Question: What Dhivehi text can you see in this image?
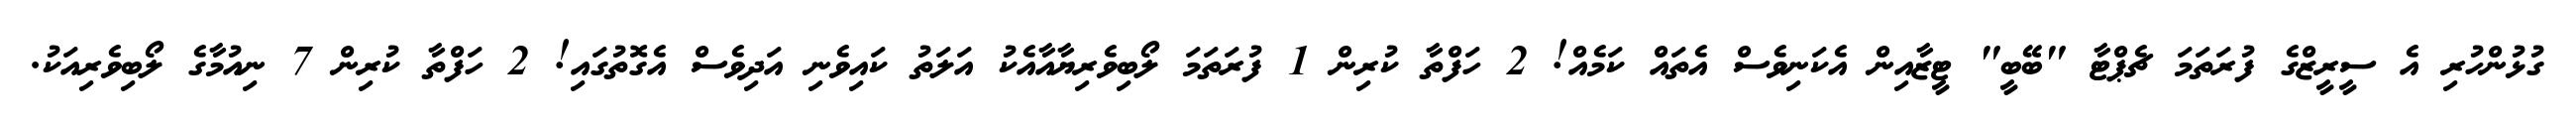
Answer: ގުޅުންހުރި އެ ސީރީޒްގެ ފުރަތަމަ ޗެޕްޓާ "ބޭބީ" ޓީޒާއިން އެކަނިވެސް އެތައް ކަމެއް! 2 ހަފްތާ ކުރިން 1 ފުރަތަމަ ލޯބިވެރިޔާއާއެކު އަލަތު ކައިވެނި އަދިވެސް އެގޮތުގައި! 2 ހަފްތާ ކުރިން 7 ނިއުމާގެ ލޯބިވެރިއަކު.